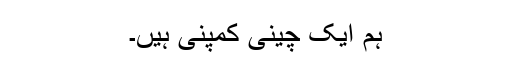
ہم ایک چینی کمپنی ہیں۔